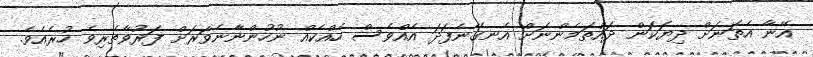
އޭނާ އެތަނަށް ދިޔަކަން ދައްތަމެންނަށް އެނގޭނެފަދަ އެއްވެސް ހެއްކެއް ނުހުންނާނެވަރަށް ފަރުވާތެރިވެ ހުރެއެވެ.